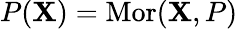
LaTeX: P(\mathbf{X})=\operatorname{Mor}(\mathbf{X},P)